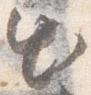
出